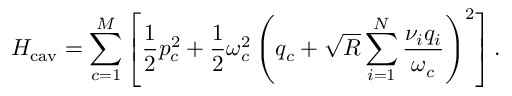
H _ { \mathrm { c a v } } = \sum _ { c = 1 } ^ { M } \left[ { \frac { 1 } { 2 } } { p } _ { c } ^ { 2 } + { \frac { 1 } { 2 } } \omega _ { c } ^ { 2 } \left( { q } _ { c } + \sqrt { R } \sum _ { i = 1 } ^ { N } { \frac { \nu _ { i } q _ { i } } { \omega _ { c } } } \right) ^ { 2 } \right] .